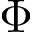
\Phi